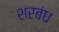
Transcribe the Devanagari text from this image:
शरबंध